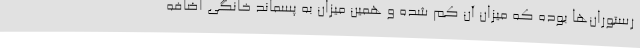
رستوران‌ها بوده که میزان آن کم شده و همین میزان به پسماند خانگی اضافه